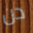
دن